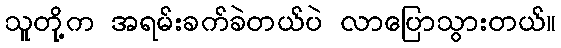
သူတို့က အရမ်းခက်ခဲတယ်ပဲ လာပြောသွားတယ်။